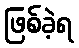
ဖြစ်ခဲ့ရ